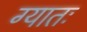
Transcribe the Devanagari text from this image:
ग्यातः